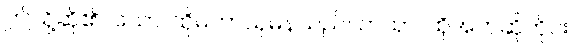
ဤသို့ဆို၏။ သော၊ ထိုမဟာသုမနသည်။ တထာ၊ ထိုအဘဆိုတိုင်း။